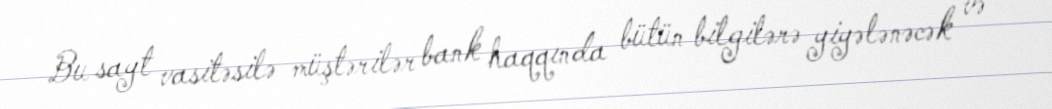
Bu sayt vasitəsilə müştərilər bank haqqında bütün bilgilərə yiyələnəcək və